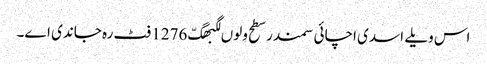
اس ویلے اسدی اچائی سمندر سطح ولوں لگبھگّ 1276 فٹ رہ جاندی اے۔